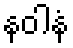
နဝါနံ